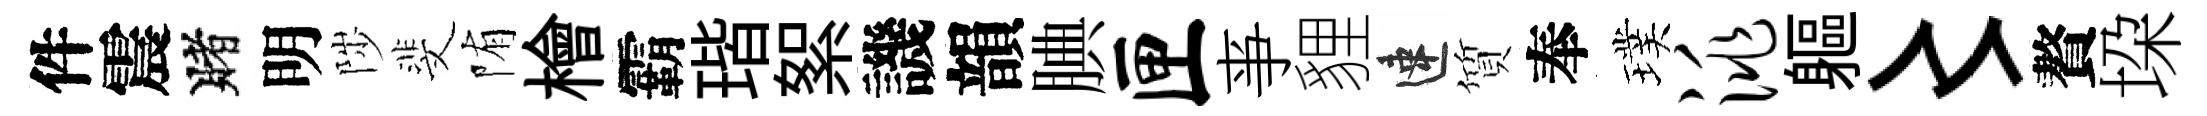
件震賭明陟斐陏檜霸瑎絮譏韻腆匣亊貍速質奉璞洮軀〻贅垜